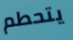
يتحطم